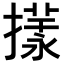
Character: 𢵎